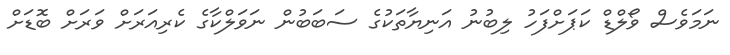
ނަމަވެސް ވޯލްޑް ކަޕަށްފަހު ލިބުނު އަނިޔާތަކުގެ ސަބަބުން ނަވަލްކާގެ ކެރިއަރަށް ވަރަށް ބޮޑަށް